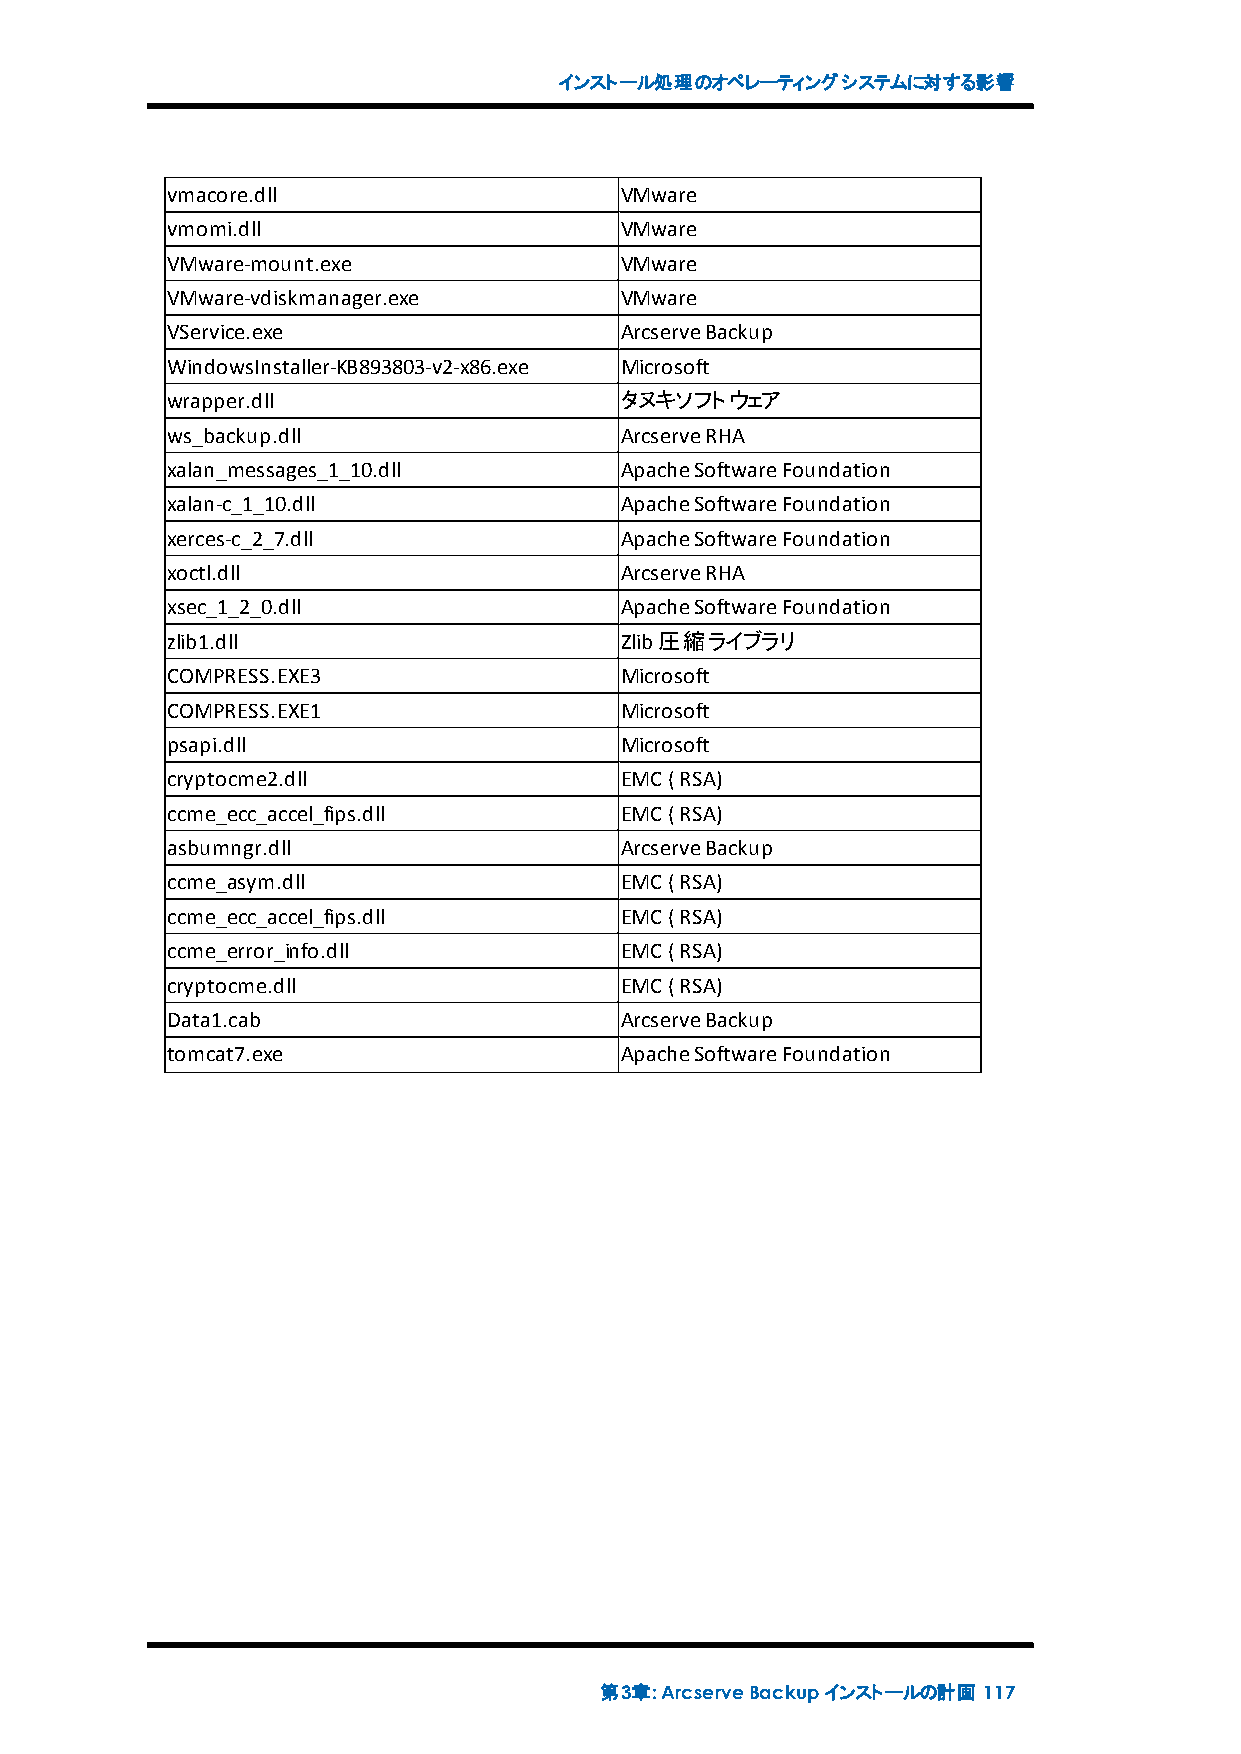
インストール処理のオペレーティングシステムに対する影響
 vmacore.dll                   VMware
 vmomi.dll                     VMware
 VMware-mount.exe              VMware
 VMware-vdiskmanager.exe       VMware
 VService.exe                  ArcserveBackup
 WindowsInstaller-KB893803-v2-x86.exe Microsoft
 wrapper.dll                   タヌキソフトウェア
 ws_backup.dll                 ArcserveRHA
 xalan_messages_1_10.dll       ApacheSoftwareFoundation
 xalan-c_1_10.dll              ApacheSoftwareFoundation
 xerces-c_2_7.dll              ApacheSoftwareFoundation
 xoctl.dll                     ArcserveRHA
 xsec_1_2_0.dll                ApacheSoftwareFoundation
 zlib1.dll                     Zlib圧縮ライブラリ
 COMPRESS.EXE3                 Microsoft
 COMPRESS.EXE1                 Microsoft
 psapi.dll                     Microsoft
 cryptocme2.dll                EMC(RSA)
 ccme_ecc_accel_fips.dll       EMC(RSA)
 asbumngr.dll                  ArcserveBackup
 ccme_asym.dll                 EMC(RSA)
 ccme_ecc_accel_fips.dll       EMC(RSA)
 ccme_error_info.dll           EMC(RSA)
 cryptocme.dll                 EMC(RSA)
 Data1.cab                     ArcserveBackup
 tomcat7.exe                   ApacheSoftwareFoundation
 第3章:ArcserveBackupインストールの計画 117